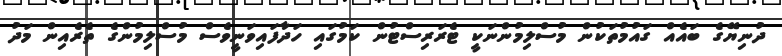
ދުނިޔޭގެ ބައެއް ގައުމުތަކުން މުސްލިމުންނަކީ ޓެރަރިސްޓުން ކަމުގައި ހަދާފައިވަނީވެސް މުސްލިމުންގެ ތެރެއިން މަދު